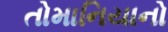
તોમાનિયાનો